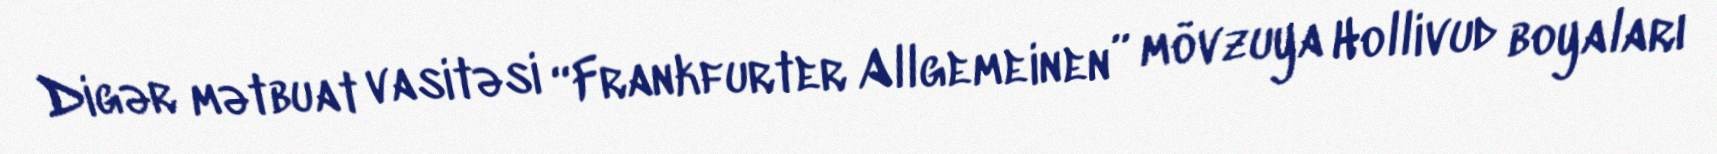
Digər mətbuat vasitəsi “Frankfurter Allgemeinen” mövzuya Hollivud boyaları